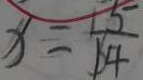
x = \frac { 1 5 } { 1 4 }